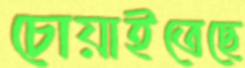
চোয়াইতেছে